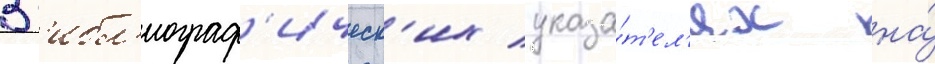
В б'ибл'иограф'ическ'их указа́т'ел'ях на́